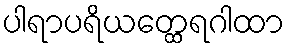
ပါရာပရိယတ္ထေရဂါထာ